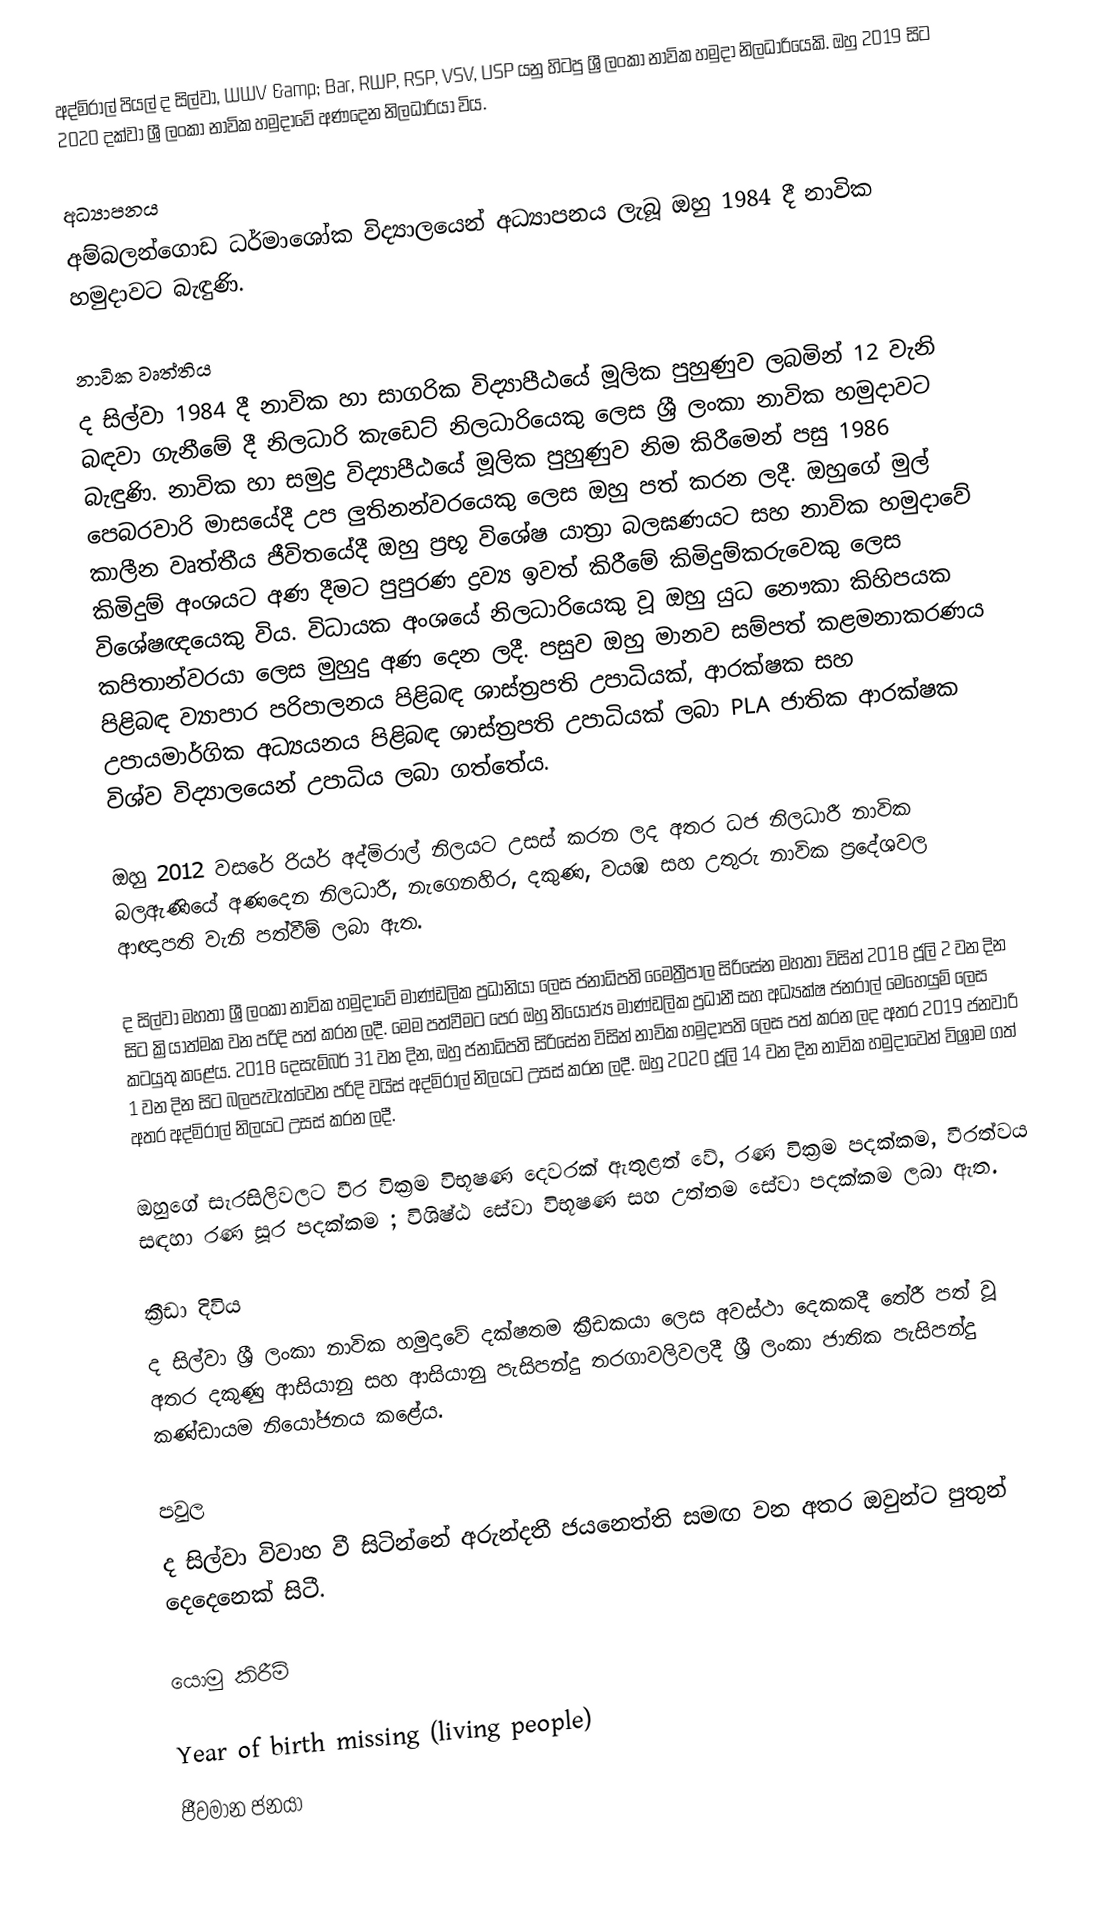
අද්මිරාල් පියල් ද සිල්වා, WWV &amp; Bar, RWP, RSP, VSV, USP යනු හිටපු ශ්‍රී ලංකා නාවික හමුදා නිලධාරියෙකි. ඔහු 2019 සිට 2020 දක්වා ශ්‍රී ලංකා නාවික හමුදාවේ අණදෙන නිලධාරියා විය.

අධ්‍යාපනය
අම්බලන්ගොඩ ධර්මාශෝක විද්‍යාලයෙන් අධ්‍යාපනය ලැබූ ඔහු 1984 දී නාවික හමුදාවට බැඳුණි.

නාවික වෘත්තිය
ද සිල්වා 1984 දී නාවික හා සාගරික විද්‍යාපීඨයේ මූලික පුහුණුව ලබමින් 12 වැනි බඳවා ගැනීමේ දී නිලධාරි කැඩෙට් නිලධාරියෙකු ලෙස ශ්‍රී ලංකා නාවික හමුදාවට බැඳුණි. නාවික හා සමුද්‍ර විද්‍යාපීඨයේ මූලික පුහුණුව නිම කිරීමෙන් පසු 1986 පෙබරවාරි මාසයේදී උප ලුතිනන්වරයෙකු ලෙස ඔහු පත් කරන ලදී. ඔහුගේ මුල් කාලීන වෘත්තීය ජීවිතයේදී ඔහු ප්‍රභූ විශේෂ යාත්‍රා බලඝණයට සහ නාවික හමුදාවේ කිමිදුම් අංශයට අණ දීමට පුපුරණ ද්‍රව්‍ය ඉවත් කිරීමේ කිමිදුම්කරුවෙකු ලෙස විශේෂඥයෙකු විය. විධායක අංශයේ නිලධාරියෙකු වූ ඔහු යුධ නෞකා කිහිපයක කපිතාන්වරයා ලෙස මුහුදු අණ දෙන ලදී. පසුව ඔහු මානව සම්පත් කළමනාකරණය පිළිබඳ ව්‍යාපාර පරිපාලනය පිළිබඳ ශාස්ත්‍රපති උපාධියක්, ආරක්ෂක සහ උපායමාර්ගික අධ්‍යයනය පිළිබඳ ශාස්ත්‍රපති උපාධියක් ලබා PLA ජාතික ආරක්ෂක විශ්ව විද්‍යාලයෙන් උපාධිය ලබා ගත්තේය.

ඔහු 2012 වසරේ රියර් අද්මිරාල් නිලයට උසස් කරන ලද අතර ධජ නිලධාරී නාවික බලඇණියේ අණදෙන නිලධාරී, නැගෙනහිර, දකුණ, වයඹ සහ උතුරු නාවික ප්‍රදේශවල ආඥාපති වැනි පත්වීම් ලබා ඇත.

ද සිල්වා මහතා ශ්‍රී ලංකා නාවික හමුදාවේ මාණ්ඩලික ප්‍රධානියා ලෙස ජනාධිපති මෛත්‍රීපාල සිරිසේන මහතා විසින් 2018 ජූලි 2 වන දින සිට ක්‍රියාත්මක වන පරිදි පත් කරන ලදී. මෙම පත්වීමට පෙර ඔහු නියෝජ්‍ය මාණ්ඩලික ප්‍රධානී සහ අධ්‍යක්ෂ ජනරාල් මෙහෙයුම් ලෙස කටයුතු කළේය. 2018 දෙසැම්බර් 31 වන දින, ඔහු ජනාධිපති සිරිසේන විසින් නාවික හමුදාපති ලෙස පත් කරන ලද අතර 2019 ජනවාරි 1 වන දින සිට බලපැවැත්වෙන පරිදි වයිස් අද්මිරාල් නිලයට උසස් කරන ලදී. ඔහු 2020 ජූලි 14 වන දින නාවික හමුදාවෙන් විශ්‍රාම ගත් අතර අද්මිරාල් නිලයට උසස් කරන ලදී.

ඔහුගේ සැරසිලිවලට වීර වික්‍රම විභූෂණ දෙවරක් ඇතුළත් වේ, රණ වික්‍රම පදක්කම, වීරත්වය සඳහා රණ සූර පදක්කම ; විශිෂ්ඨ සේවා විභූෂණ සහ උත්තම සේවා පදක්කම ලබා ඇත.

ක්‍රීඩා දිවිය
ද සිල්වා ශ්‍රී ලංකා නාවික හමුදාවේ දක්ෂතම ක්‍රීඩකයා ලෙස අවස්ථා දෙකකදී තේරී පත් වූ අතර දකුණු ආසියානු සහ ආසියානු පැසිපන්දු තරගාවලිවලදී ශ්‍රී ලංකා ජාතික පැසිපන්දු කණ්ඩායම නියෝජනය කළේය.

පවුල
ද සිල්වා විවාහ වී සිටින්නේ අරුන්දතී ජයනෙත්ති සමඟ වන අතර ඔවුන්ට පුතුන් දෙදෙනෙක් සිටී.

යොමු කිරීම්

Year of birth missing (living people)
ජීවමාන ජනයා